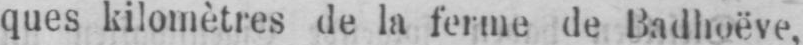
ques kilomètres de la ferme de Badhoëve.